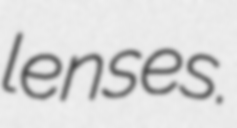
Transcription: lenses.